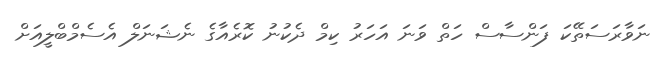
ނަވާރަސަތޭކަ ފަންސާސް ހަތް ވަނަ އަހަރު ކިމް ދެކުނު ކޮރެއާގެ ނެޝަނަލް އެސެމްބްލީއަށް